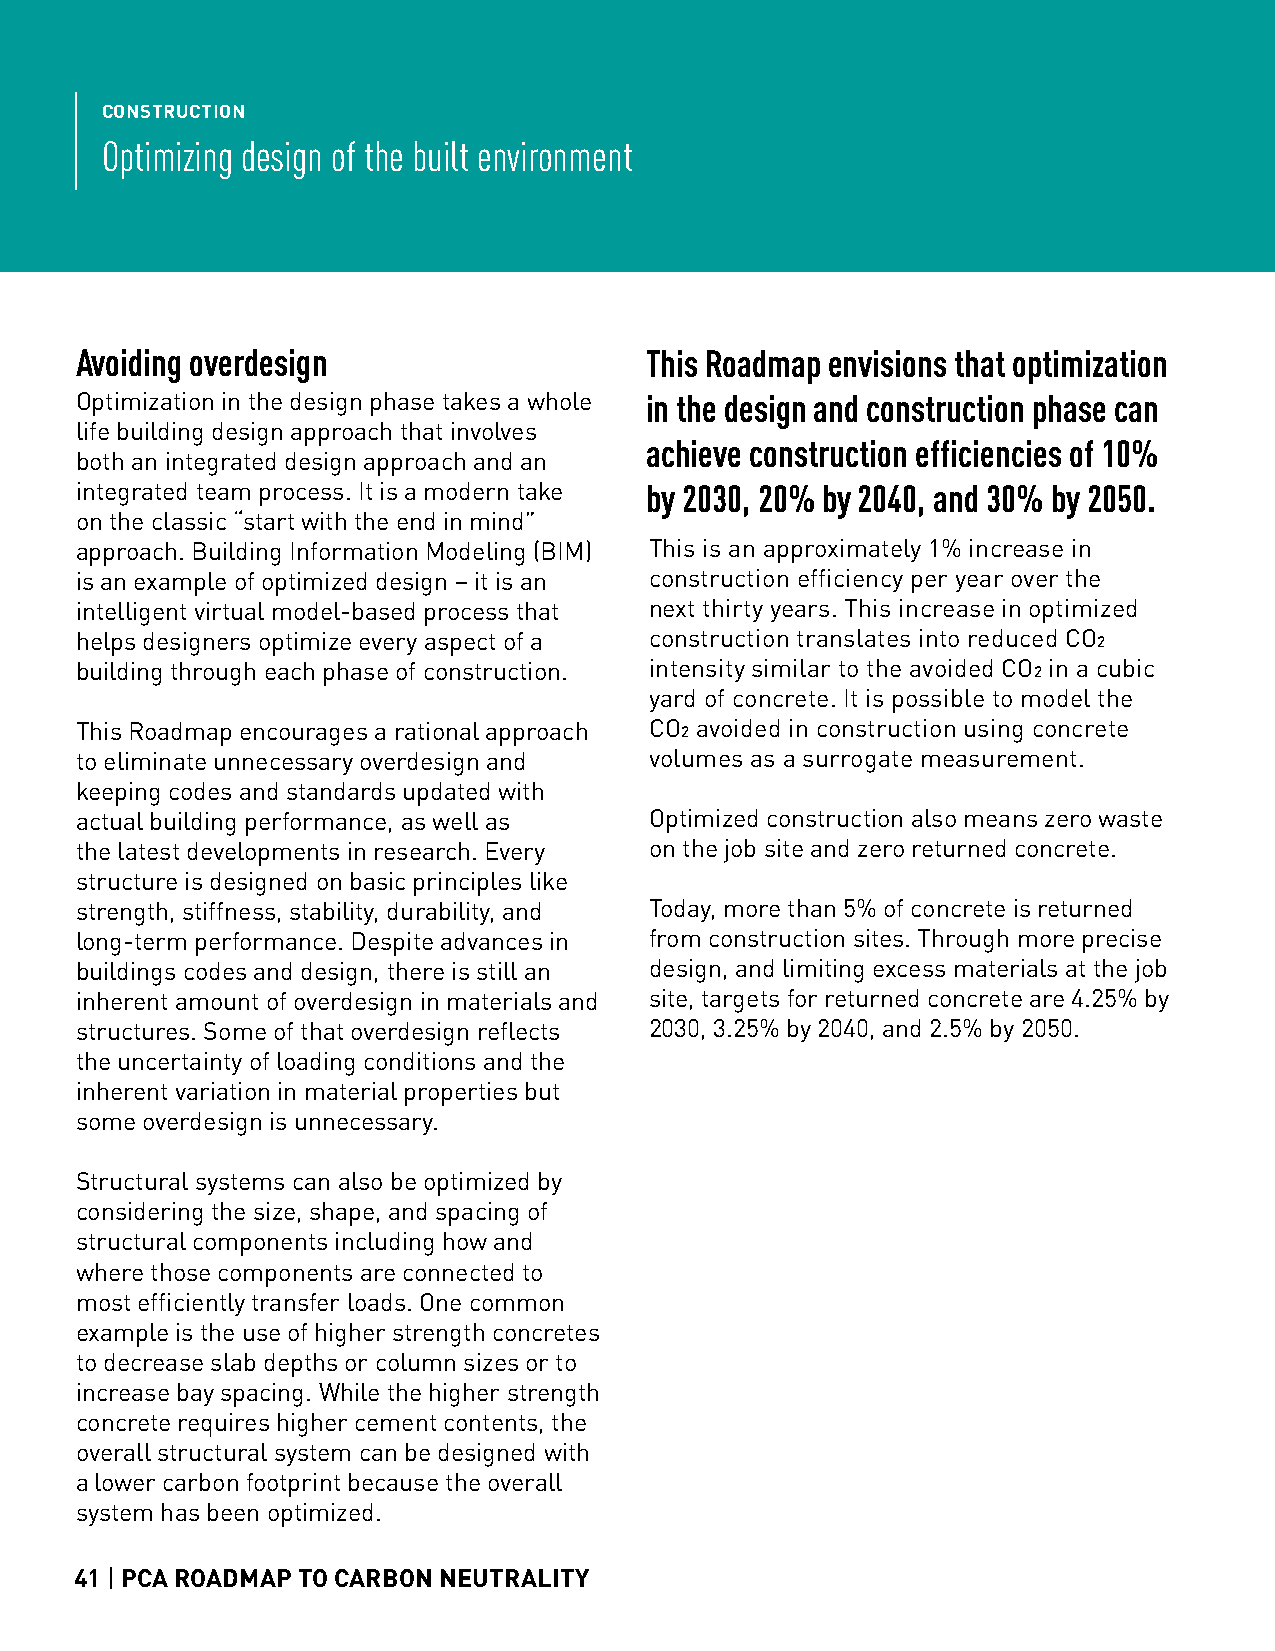
CONSTRUCTION
 Optimizing design of the built environment
 Avoiding overdesign                   This Roadmap envisions that optimization
 Optimization in the design phase takes a whole in the design and construction phase can
 life building design approach that involves
 achieve construction efficiencies of 10%
 both an integrated design approach and an
 integrated team process. It is a modern take by 2030, 20% by 2040, and 30% by 2050.
 on the classic “start with the end in mind”
 approach. Building Information Modeling (BIM) This is an approximately 1% increase in
 is an example of optimized design – it is an construction efficiency per year over the
 intelligent virtual model-based process that next thirty years. This increase in optimized
 helps designers optimize every aspect of a construction translates into reduced CO2
 building through each phase of construction. intensity similar to the avoided CO2 in a cubic
 yard of concrete. It is possible to model the
 This Roadmap encourages a rational approach CO2 avoided in construction using concrete
 to eliminate unnecessary overdesign and volumes as a surrogate measurement.
 keeping codes and standards updated with
 actual building performance, as well as Optimized construction also means zero waste
 the latest developments in research. Every on the job site and zero returned concrete.
 structure is designed on basic principles like
 strength, stiffness, stability, durability, and Today, more than 5% of concrete is returned
 long-term performance. Despite advances in from construction sites. Through more precise
 buildings codes and design, there is still an design, and limiting excess materials at the job
 inherent amount of overdesign in materials and site, targets for returned concrete are 4.25% by
 structures. Some of that overdesign reflects 2030, 3.25% by 2040, and 2.5% by 2050.
 the uncertainty of loading conditions and the
 inherent variation in material properties but
 some overdesign is unnecessary.
 Structural systems can also be optimized by
 considering the size, shape, and spacing of
 structural components including how and
 where those components are connected to
 most efficiently transfer loads. One common
 example is the use of higher strength concretes
 to decrease slab depths or column sizes or to
 increase bay spacing. While the higher strength
 concrete requires higher cement contents, the
 overall structural system can be designed with
 a lower carbon footprint because the overall
 system has been optimized.
 41 | PCA ROADMAP TO CARBON NEUTRALITY